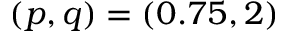
( p , q ) = ( 0 . 7 5 , 2 )